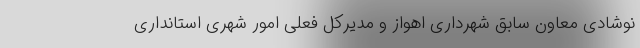
نوشادی معاون سابق شهرداری اهواز و مدیرکل فعلی امور شهری استانداری